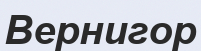
Вернигор